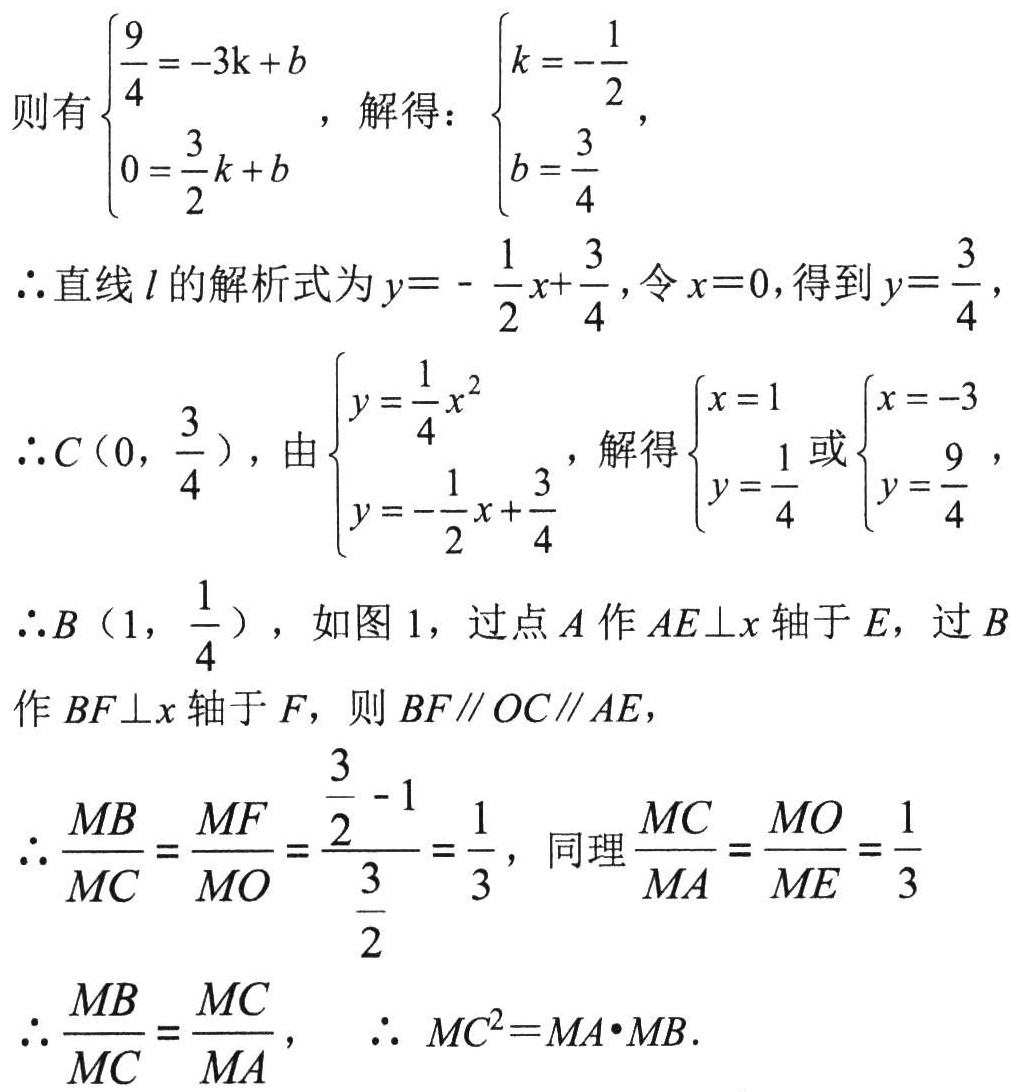
\[
\begin{cases}
\frac{9}{4} = -3k + b \\
0 = \frac{3}{2}k + b
\end{cases}
，解得：
\begin{cases}
k = -\frac{1}{2} \\
b = \frac{3}{4}
\end{cases}
\]
\(\therefore\)直线\(l\)的解析式为\(y = -\frac{1}{2}x + \frac{3}{4}\)，令\(x = 0\)，得到\(y = \frac{3}{4}\)
\(\therefore C(0,\frac{3}{4})\)，由\(
\begin{cases}
y = \frac{1}{4}x^{2} \\
y = -\frac{1}{2}x + \frac{3}{4}
\end{cases}
\)，解得\(
\begin{cases}
x = 1 \\
y = \frac{1}{4}
\end{cases}
\)或\(
\begin{cases}
x = -3 \\
y = \frac{9}{4}
\end{cases}
\)
\(\therefore B(1,\frac{1}{4})\)，如图1，过点\(A\)作\(AE\perp x\)轴于\(E\)，过\(B\)作\(BF\perp x\)轴于\(F\)，则\(BF\parallel OC\parallel AE\)，
\(\therefore \frac{MB}{MC} = \frac{MF}{MO} = \frac{\frac{3}{2} - 1}{\frac{3}{2}} = \frac{1}{3}\)，同理\(\frac{MC}{MA} = \frac{MO}{ME} = \frac{1}{3}\)
\(\therefore \frac{MB}{MC} = \frac{MC}{MA}\)， \(\therefore MC^{2} = MA\cdot MB\)